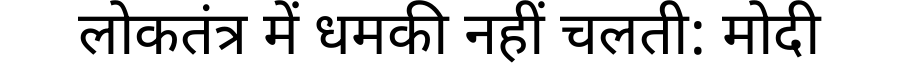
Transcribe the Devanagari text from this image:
लोकतंत्र में धमकी नहीं चलती: मोदी